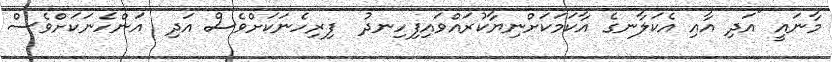
މާނައީ "އަދި އާއި އެކަލާނގެ އާކަމަކަށްނިޔާކުރައްވައިފިހިނދު  ފިރިހެނަކަށްވެސް އަދި  އަންހެނަކަށްވެސް